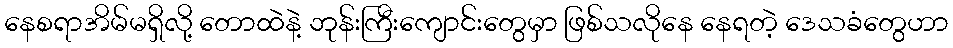
နေစရာအိမ်မရှိလို့ တောထဲနဲ့ ဘုန်းကြီးကျောင်းတွေမှာ ဖြစ်သလိုနေ နေရတဲ့ ဒေသခံတွေဟာ